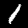
Label: 1